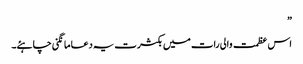
”
اس عظمت والی رات میں بکثرت یہ دعا مانگنی چاہئے۔